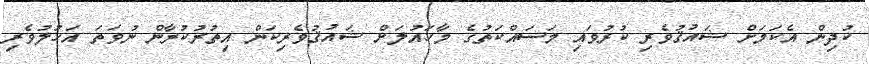
ކުދިން އެކަމަށް ޝައުޤުވެރި ކުރުވައި މަސައްކަތުގެ މާހައުލަށް ޝައުޤުވެރިކަން އިތުރުކުރާން ނުވަތަ އަހުލުވެރި